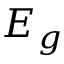
E _ { g }